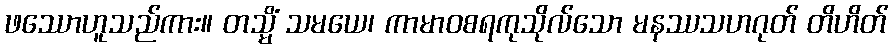
ဖဿောဟူသည်ကား။ တသ္မိံ သမယေ၊ ကာမာဝစရကုသိုလ်သော မနဿသဟဂုတ် တိဟိတ်